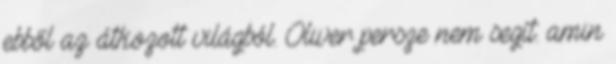
ebből az átkozott világból. Oliver persze nem segít. amin